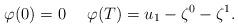
LaTeX: \begin{align*} \varphi(0)=0\ \ \ \ \varphi(T)=u_1-\zeta^0-\zeta^1. \end{align*}